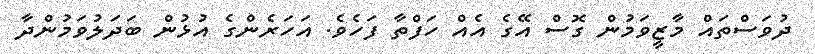
ދުވަސްތައް މާޒީވަމުން ގޮސް އޭގެ އެއް ހަފްތާ ފަހެވެ. އަހަރެންގެ އުޅުން ބަދަލުވަމުންދާ